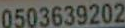
0503639202